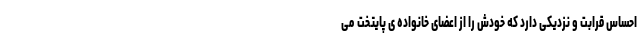
احساس قرابت و نزدیکی دارد که خودش را از اعضای خانواده ی پایتخت می